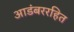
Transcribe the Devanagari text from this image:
आडंबररहित